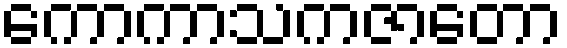
ကောကာသကဇာတော